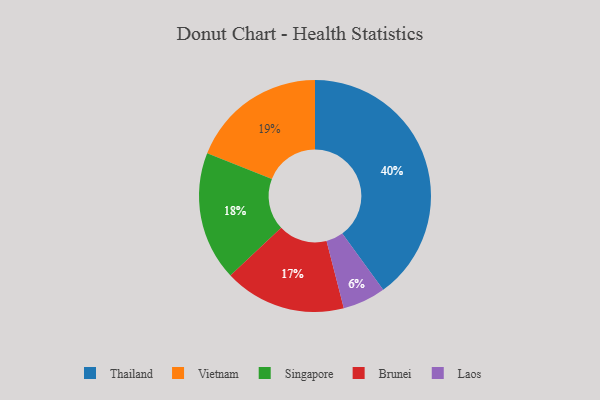
{"axis": {"x": "Category", "y": "Percentage"}, "legend": ["Brunei", "Laos", "Singapore", "Thailand", "Vietnam"], "data": [{"x": "Vietnam", "y": 19, "type": "Vietnam"}, {"x": "Brunei", "y": 17, "type": "Brunei"}, {"x": "Singapore", "y": 18, "type": "Singapore"}, {"x": "Laos", "y": 6, "type": "Laos"}, {"x": "Thailand", "y": 40, "type": "Thailand"}]}